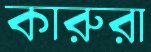
কারুরা